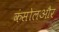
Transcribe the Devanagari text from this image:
कंसोलऔर